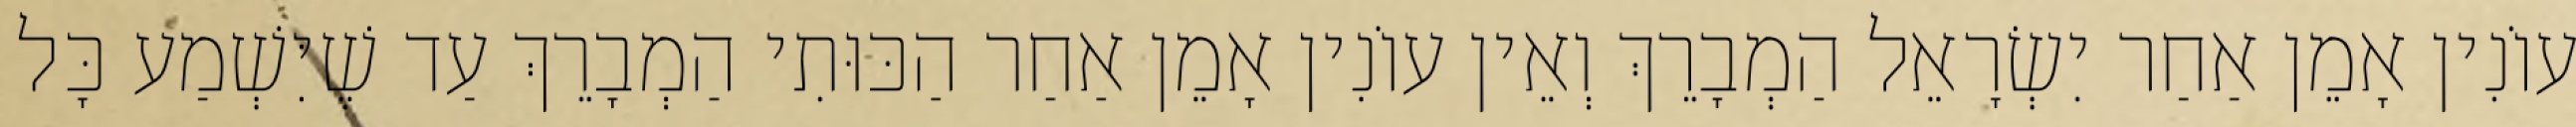
עוֹנִין אָמֵן אַחַר יִשְׂרָאֵל הַמְבָרֵךְ וְאֵין עוֹנִין אָמֵן אַחַר הַכּוּתִי הַמְבָרֵךְ עַד שֶׁיִּשְׁמַע כָּל